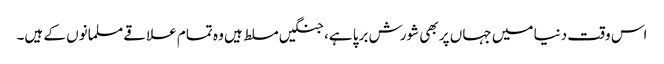
اس وقت دنیا میں جہاں پر بھی شورش برپا ہے، جنگیں مسلط ہیں وہ تمام علاقے مسلمانوں کے ہیں۔